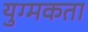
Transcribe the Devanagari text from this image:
युग्मकता